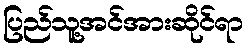
ပြည်သူ့အင်အားဆိုင်ရာ